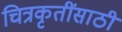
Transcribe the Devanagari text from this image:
चित्रकृतींसाठी